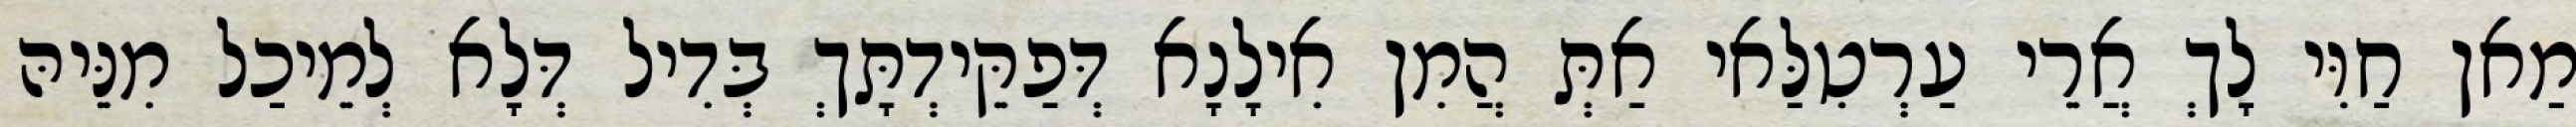
מַאן חַוִּי לָךְ אֲרֵי עַרְטִלַּאי אַתְּ הֲמִן אִילָנָא דְּפַקֵּידְתָּךְ בְּדִיל דְּלָא לְמֵיכַל מִנֵּיהּ